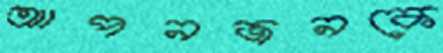
আপনজনকে